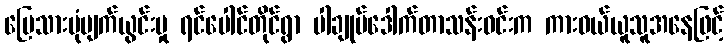
မြေသားပုံပျက်ယွင်းမှု ရင်ပေါင်တိုင်ရွာ ပါချုပ်ဒေါက်တာသန်းဝင်းက ကားဝယ်ယူသူအနေဖြင့်